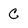
Character: C